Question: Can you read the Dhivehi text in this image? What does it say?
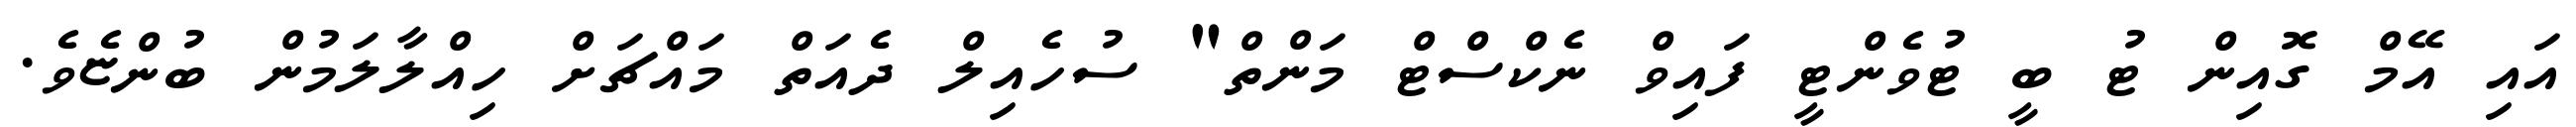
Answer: އައި އޭމް ގޮއިން ޓު ބީ ޓުވެންޓީ ފައިވް ނެކްސްޓް މަންތް" ސުހެއިލް ދެއަތް މައްޗަށް ހިއްލާލަމުން ބުންޏެވެ.